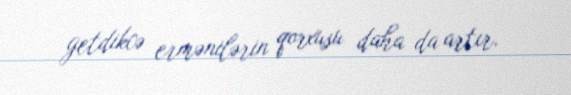
getdikcə ermənilərin qorxusu daha da artır.